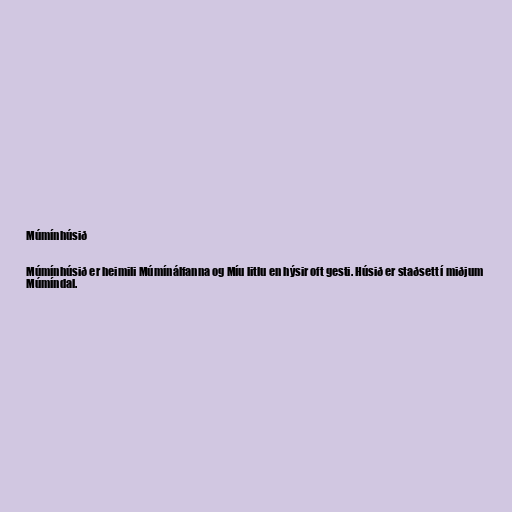
Múmínhúsið

Múmínhúsið er heimili Múmínálfanna og Míu litlu en hýsir oft gesti. Húsið er staðsett í miðjum
Múmíndal.